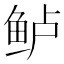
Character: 鲈